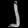
Digit: ၂